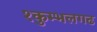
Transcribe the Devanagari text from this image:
१कुम्भलगढ